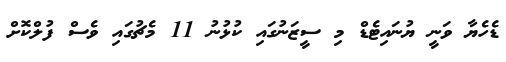
ޑެހެޔާ ވަނީ ޔުނައިޓެޑް މި ސީޒަނުގައި ކުޅުނު 11 މެޗުގައި ވެސް ފުލްކޮށް